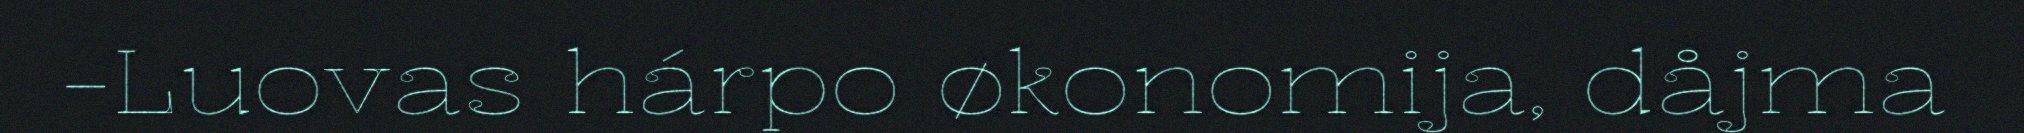
-Luovas hárpo økonomija, dåjma